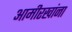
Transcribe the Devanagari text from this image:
आमीरखांना